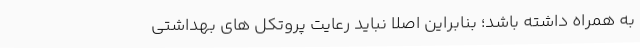
به همراه داشته باشد؛ بنابراین اصلا نباید رعایت پروتکل های بهداشتی